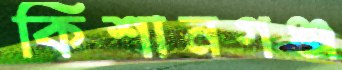
কিশানগঞ্জ